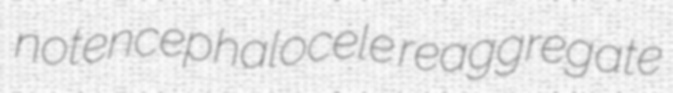
notencephalocele reaggregate